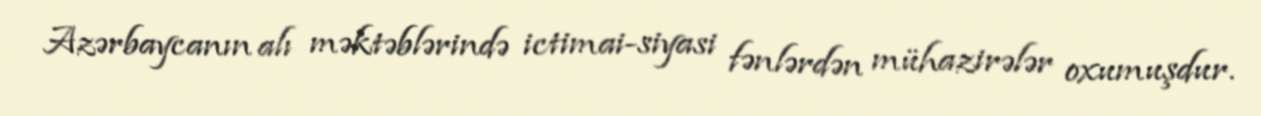
Azərbaycanın alı məktəblərində ictimai-siyasi fənlərdən mühazirələr oxumuşdur.